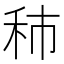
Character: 𥞑